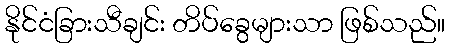
နိုင်ငံခြားသီချင်း တိပ်ခွေများသာ ဖြစ်သည်။